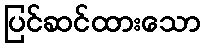
ပြင်ဆင်ထားသော